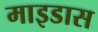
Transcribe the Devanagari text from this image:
माइडास